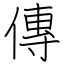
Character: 傳